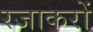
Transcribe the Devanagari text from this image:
रजाकरों